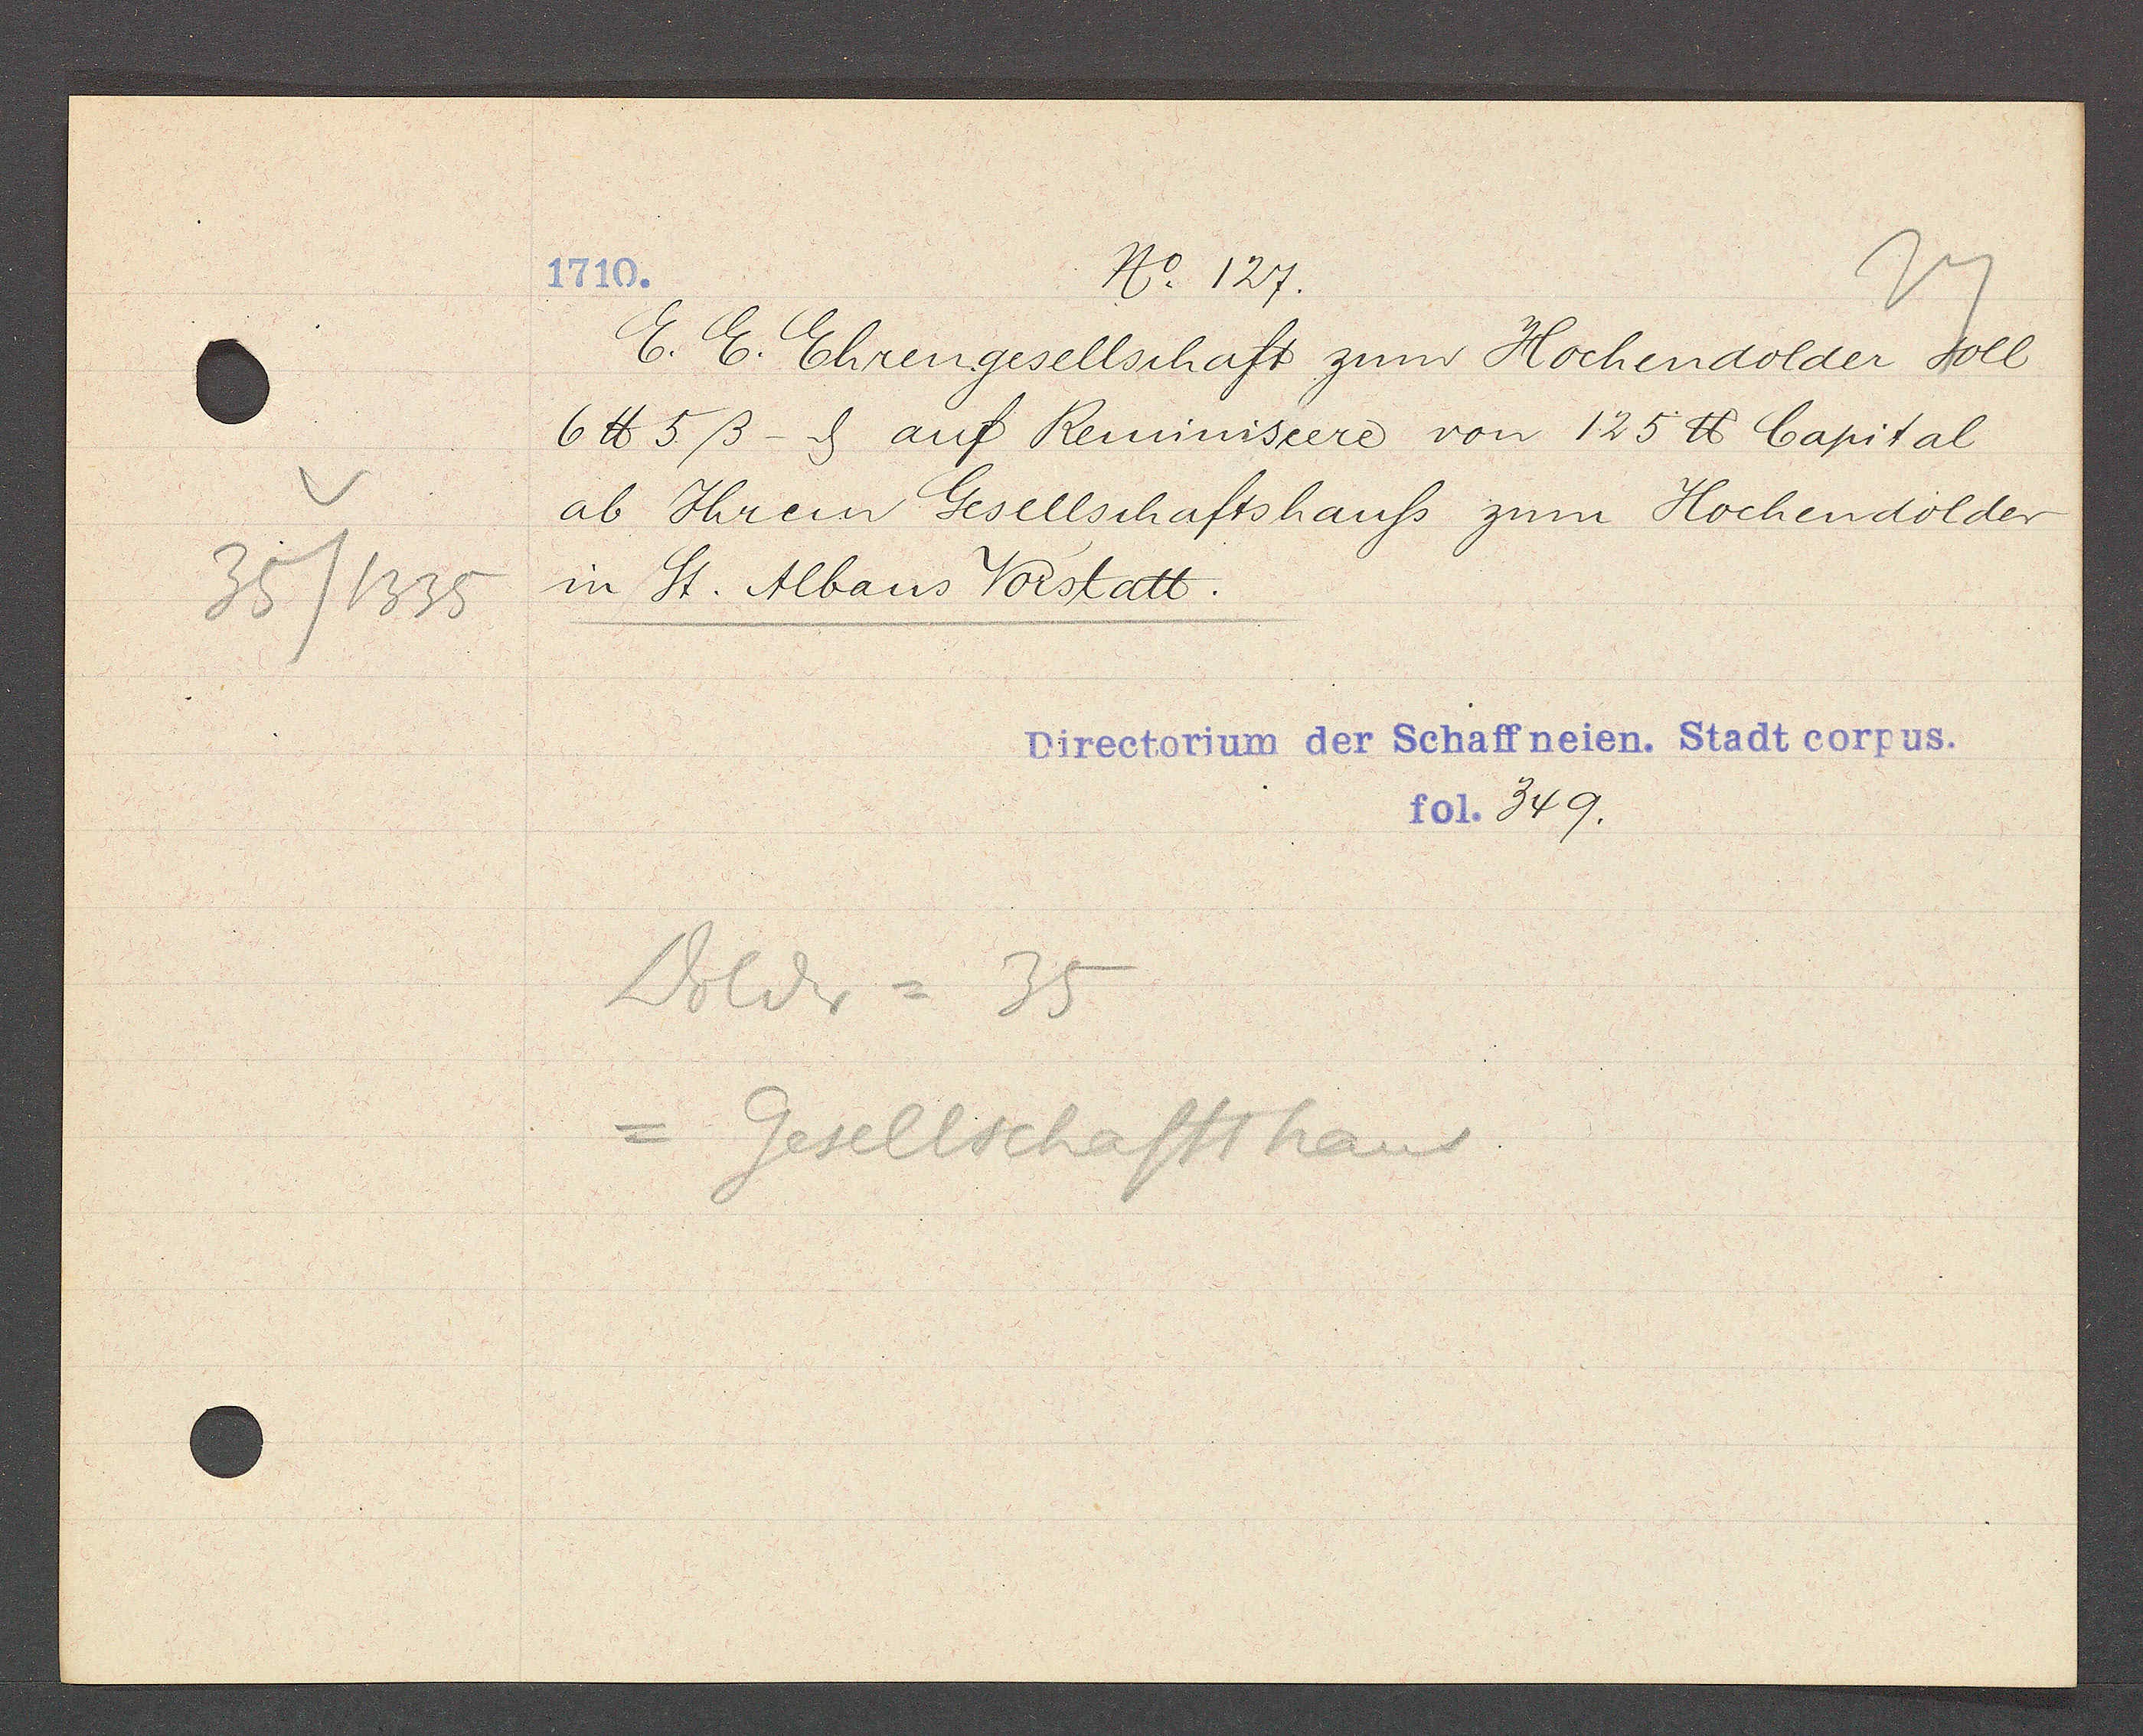
Transcript:
35/1335

No. 127.
1710.

E. E. Ehrengesellschaft zum Hochendolder soll
6℔ 5ß - ȡ auf Reminniseere von 125 ℔ Capital
ab Ihrem Gesellschaftshauss zum Hochendolder
in St. Albans Vorstatt.

Dolder = 35
Gesellschaftshaus

Directorium der Schaffneien. Stadt corpus.
fol. 349.